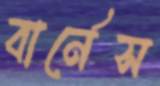
বার্নেস